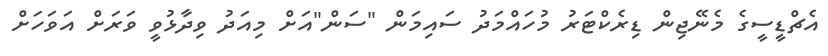
އެޗްޑީސީގެ މެނޭޖިން ޑިރެކްޓަރު މުހައްމަދު ސައިމަން "ސަން"އަށް މިއަދު ވިދާޅުވީ ވަރަށް އަވަހަށް